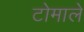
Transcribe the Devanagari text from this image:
टोमाले